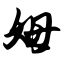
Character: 姆